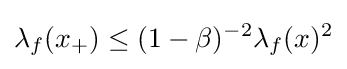
\lambda _{f}(x_{+})\leq (1-\beta )^{-2}\lambda _{f}(x)^{2}